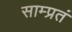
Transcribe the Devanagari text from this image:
साम्प्रतं